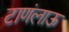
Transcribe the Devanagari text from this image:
टाणंलाऊ